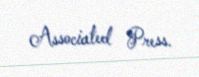
Associated Press.